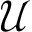
\mathcal { U }